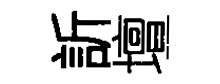
訢壇